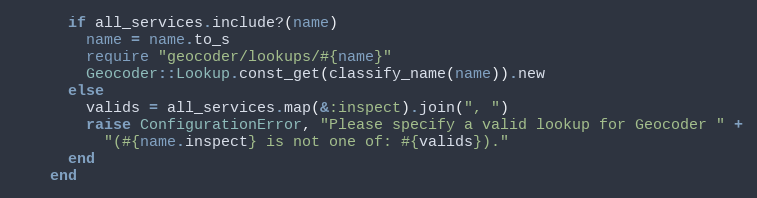
Language: Ruby
      if all_services.include?(name)
        name = name.to_s
        require "geocoder/lookups/#{name}"
        Geocoder::Lookup.const_get(classify_name(name)).new
      else
        valids = all_services.map(&:inspect).join(", ")
        raise ConfigurationError, "Please specify a valid lookup for Geocoder " +
          "(#{name.inspect} is not one of: #{valids})."
      end
    end